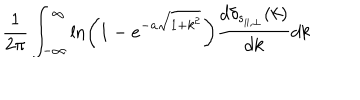
LaTeX: \frac { 1 } { 2 \pi } \int _ { - \infty } ^ { \infty } \ln \left( 1 - e ^ { - a \sqrt { 1 + k ^ { 2 } } } \right) \frac { d \delta _ { s _ { \parallel , \perp } } ( k ) } { d k } d k